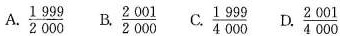
A. \frac{1999}{2000} B. \frac{2001}{2000} C. \frac{1999}{4000} D. \frac{2001}{4000}